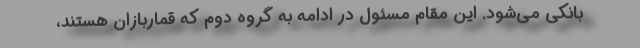
بانکی می‌شود. این مقام مسئول در ادامه به گروه دوم که قماربازان هستند،